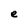
Character: e